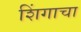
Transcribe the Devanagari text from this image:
शिंगाचा